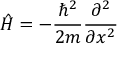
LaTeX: { \hat { H } } = - { \frac { \hbar ^ { 2 } } { 2 m } } { \frac { \partial ^ { 2 } } { \partial x ^ { 2 } } }